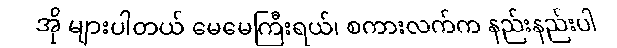
အို များပါတယ် မေမေကြီးရယ်၊ စကားလက်က နည်းနည်းပါ